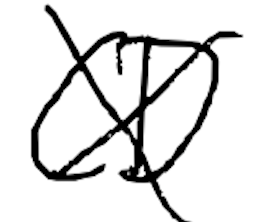
Text: CD
Cross-out: cross
Writing tool: digital_black